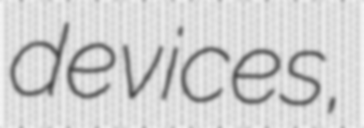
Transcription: devices,